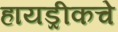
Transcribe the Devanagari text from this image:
हायड्रीकचे